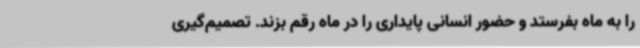
را به ماه بفرستد و حضور انسانی پایداری را در ماه رقم بزند. تصمیم‌گیری